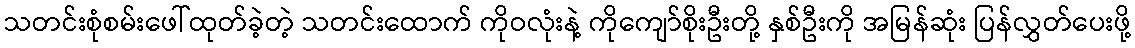
သတင်းစုံစမ်းဖေါ်ထုတ်ခဲ့တဲ့ သတင်းထောက် ကိုဝလုံးနဲ့ ကိုကျော်စိုးဦးတို့ နှစ်ဦးကို အမြန်ဆုံး ပြန်လွှတ်ပေးဖို့